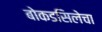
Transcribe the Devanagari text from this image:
बोकडसिलेचा